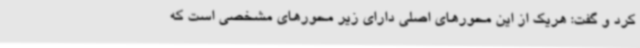
کرد و گفت: هریک از این محورهای اصلی دارای زیر محورهای مشخصی است که